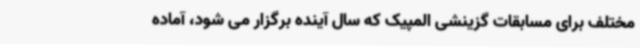
مختلف برای مسابقات گزینشی المپیک که سال آینده برگزار می شود، آماده